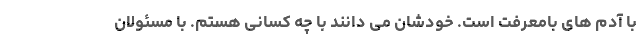
با آدم های بامعرفت است. خودشان می دانند با چه کسانی هستم. با مسئولان